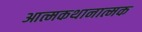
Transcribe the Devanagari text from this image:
आत्मकथानात्मक